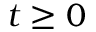
t \ge 0